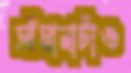
সীমানাটাও